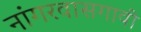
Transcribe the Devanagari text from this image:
नांगरवासगावी